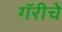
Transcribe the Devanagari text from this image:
गॅरीचे